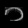
Digit: ၁